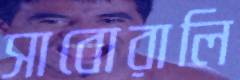
সাবোরালি